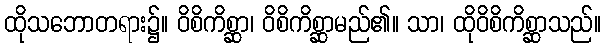
ထိုသဘောတရား၌။ ဝိစိကိစ္ဆာ၊ ဝိစိကိစ္ဆာမည်၏။ သာ၊ ထိုဝိစိကိစ္ဆာသည်။